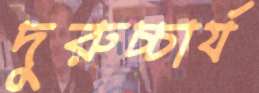
দুরুচ্চার্য